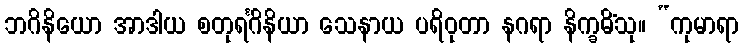
ဘဂိနိယော အာဒါယ စတုရင်္ဂိနိယာ သေနာယ ပရိဝုတာ နဂရာ နိက္ခမိံသု။ “ကုမာရာ